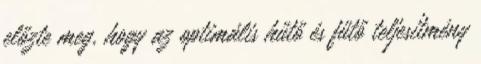
előzte meg, hogy az optimális hűtő és fűtő teljesítmény